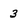
Character: 3